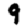
Digit: 9